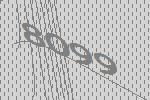
8099